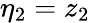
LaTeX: \eta_{2}=z_{2}